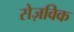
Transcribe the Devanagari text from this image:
सेज़विक